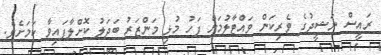
ރައީސް ނަޝީދުގެ ވެރިކަން ވައްޓާލުމަށް ފަހު މުޅި މަންޒަރު ބަދަލު ކޮށްލާފައިވާ ކަމަށެވެ.